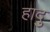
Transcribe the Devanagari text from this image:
हादु